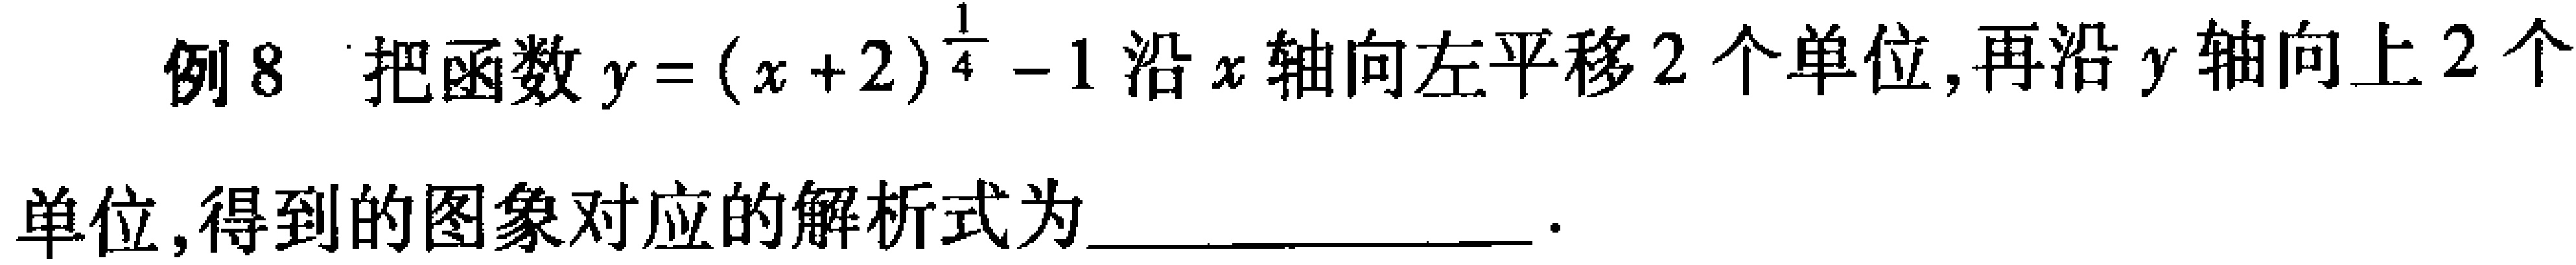
例8 把函数\(y=(x + 2)^{\frac{1}{4}}-1\)沿\(x\)轴向左平移\(2\)个单位，再沿\(y\)轴向上\(2\)个

单位，得到的图象对应的解析式为________________．